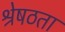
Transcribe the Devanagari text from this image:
श्रेषठता